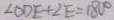
\angle O D E + \angle E = 1 8 0 ^ { \circ }